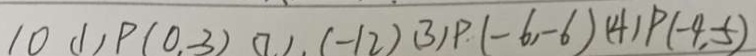
1 0 ( 1 ) p ( 0 , - 3 ) ( 7 ) , ( - 1 2 ) ( 3 ) p ( - 6 , - 6 ) ( 4 ) p ( - 4 , - 5 )